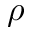
\rho